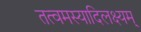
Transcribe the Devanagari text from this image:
तत्वमस्यादिलक्ष्यम्‌